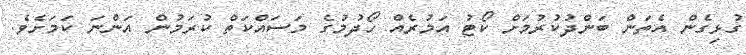
ގުޅިގެން އެތަން ބަންދުކުރުމަށް ކޯޓު އަމުރެއް ހޯދުމުގެ މަސައްކަތް ކުރަމުން އަންނަ ކަމަށެވެ.